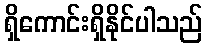
ရှိကောင်းရှိနိုင်ပါသည်